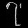
Digit: ၇